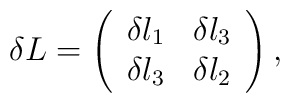
\delta L=\left(\begin{array}{crc}\delta l_1&\delta l_3\\\delta l_3&\delta l_2 \\\end{array}\right),